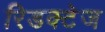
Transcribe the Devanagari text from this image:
रिडक्टेज